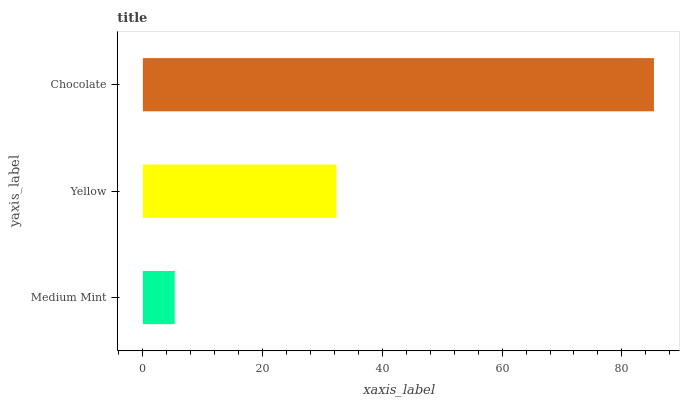
| yaxis_label | bars |
 | --- | --- |
 | Medium Mint | 5.32 |
 | Yellow | 32.3 |
 | Chocolate | 85.4 |